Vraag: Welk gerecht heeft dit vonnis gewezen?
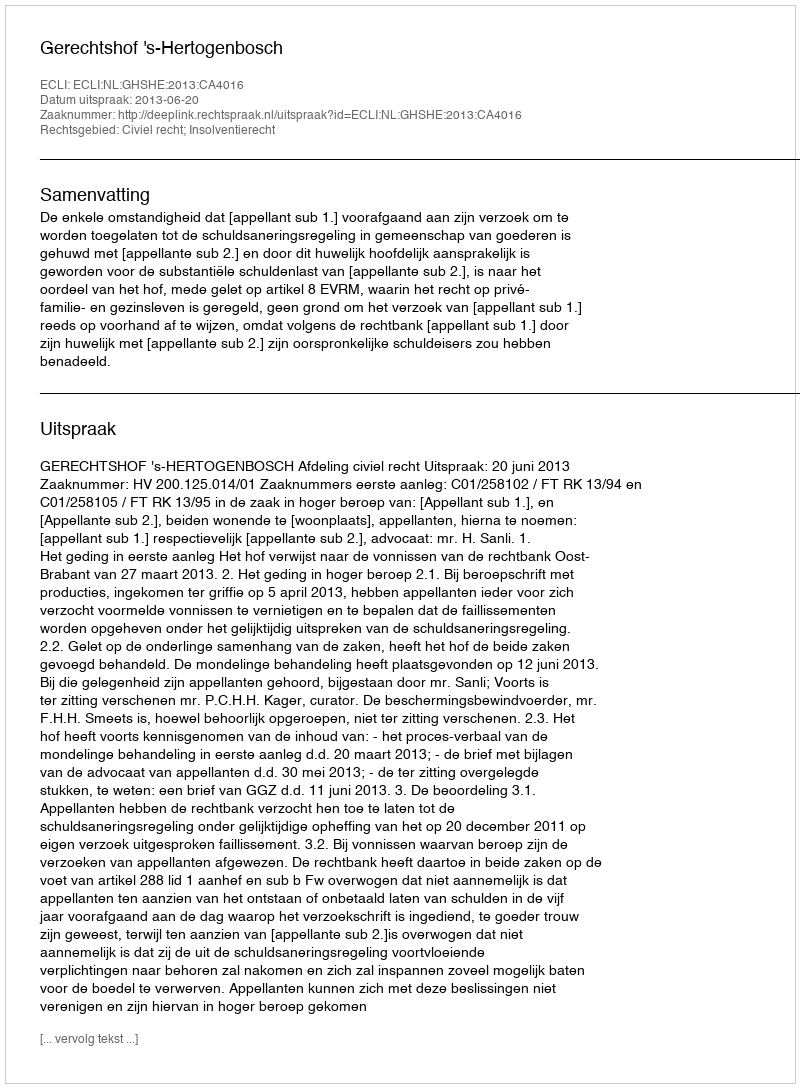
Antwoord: Gerechtshof 's-Hertogenbosch